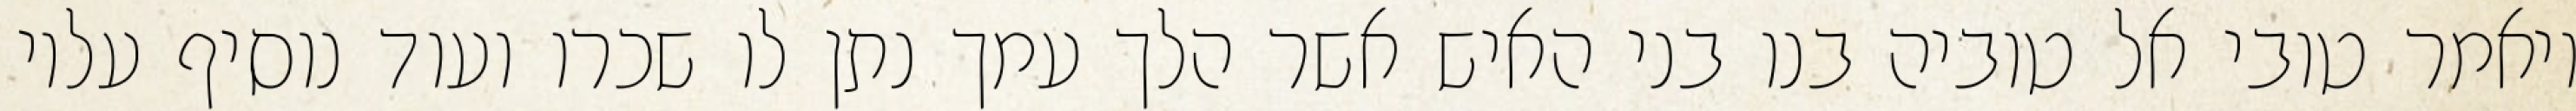
ויאמר טובי אל טוביה בנו בני האיש אשר הלך עמך נתן לו שכרו ועוד נוסיף עליו